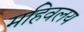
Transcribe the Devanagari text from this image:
महिवलय